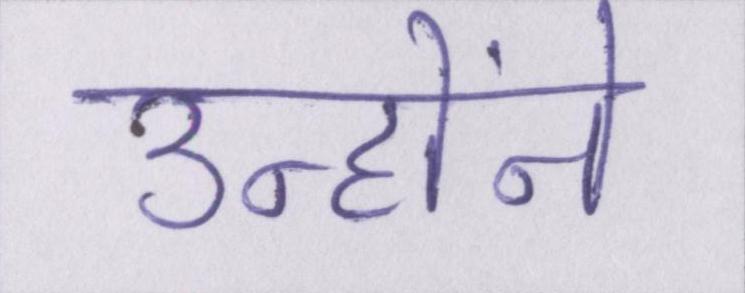
उन्होंने